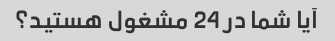
آیا شما در 24 مشغول هستید؟